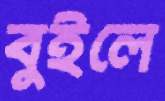
বুইলে